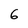
Character: 6